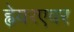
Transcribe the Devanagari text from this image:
ह्वेयरएवर